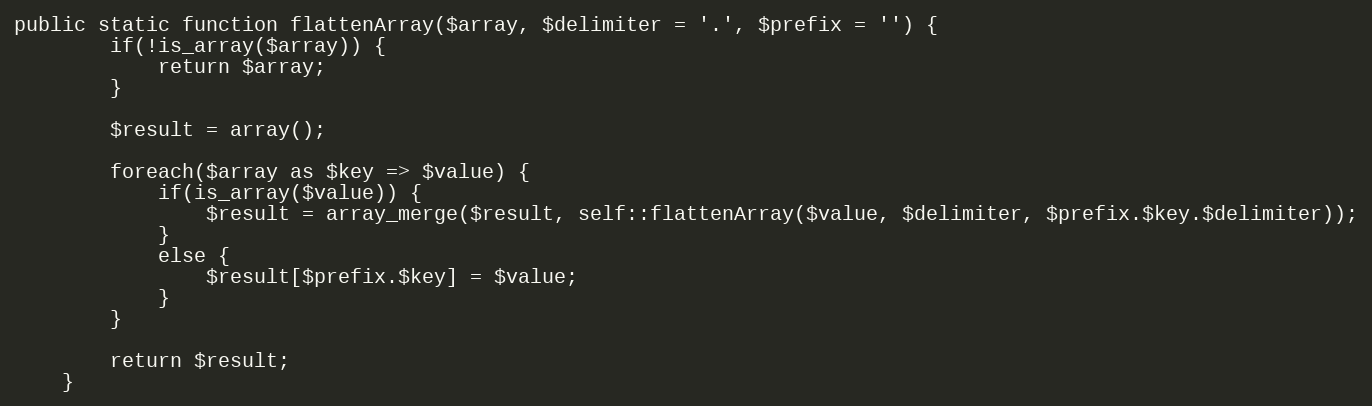
Language: PHP
public static function flattenArray($array, $delimiter = '.', $prefix = '') {
        if(!is_array($array)) {
            return $array;
        }

        $result = array();

        foreach($array as $key => $value) {
            if(is_array($value)) {
                $result = array_merge($result, self::flattenArray($value, $delimiter, $prefix.$key.$delimiter));
            }
            else {
                $result[$prefix.$key] = $value;
            }
        }

        return $result;
    }